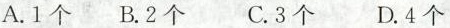
A.1个 B.2个 C.3个 D.4个